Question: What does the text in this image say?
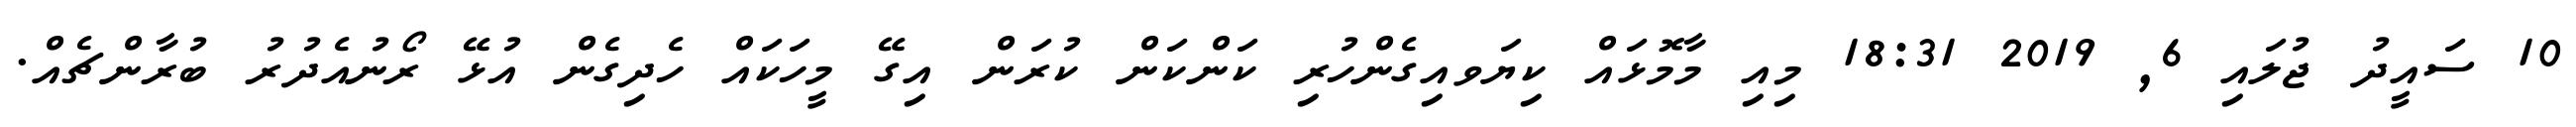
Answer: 10 ސައީދު ޖުލައި 6, 2019 18:31 މިއި މާމޮޅައް ކިޔަވއިގެންހުރި ކަންކަން ކުރަން އިގޭ މީހަކައް ހެދިގެން އުޅޭ ރޯނުއެދުރު ބުރާންޗެއް.